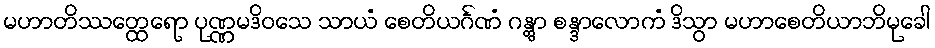
မဟာတိဿတ္ထေရော ပုဏ္ဏမဒိဝသေ သာယံ စေတိယင်္ဂဏံ ဂန္တွာ စန္ဒာလောကံ ဒိသွာ မဟာစေတိယာဘိမုခေါ